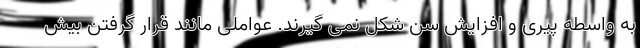
به واسطه پیری و افزایش سن شکل نمی گیرند. عواملی مانند قرار گرفتن بیش